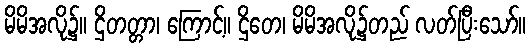
မိမိအလို၌။ ဌိတတ္တာ၊ ကြောင့်။ ဌိတေ၊ မိမိအလို၌တည် လတ်ပြီးသော်။